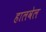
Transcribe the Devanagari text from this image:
हालवेल